Source: Handwritten
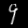
Digit: ၄ (4)